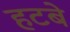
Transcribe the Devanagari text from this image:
हटबे